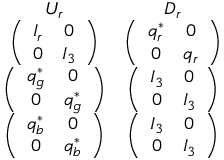
\begin{array} { c c } { { U _ { r } } } & { { D _ { r } } } \\ { { \left( \begin{array} { c c } { { { \cal { I } } _ { r } } } & { { 0 } } \\ { { 0 } } & { { I _ { 3 } } } \end{array} \right) } } & { { \left( \begin{array} { c c } { { q _ { r } ^ { * } } } & { { 0 } } \\ { { 0 } } & { { q _ { r } } } \end{array} \right) } } \\ { { \left( \begin{array} { c c } { { q _ { g } ^ { * } } } & { { 0 } } \\ { { 0 } } & { { q _ { g } ^ { * } } } \end{array} \right) } } & { { \left( \begin{array} { c c } { { I _ { 3 } } } & { { 0 } } \\ { { 0 } } & { { I _ { 3 } } } \end{array} \right) } } \\ { { \left( \begin{array} { c c } { { q _ { b } ^ { * } } } & { { 0 } } \\ { { 0 } } & { { q _ { b } ^ { * } } } \end{array} \right) } } & { { \left( \begin{array} { c c } { { I _ { 3 } } } & { { 0 } } \\ { { 0 } } & { { I _ { 3 } } } \end{array} \right) } } \end{array}